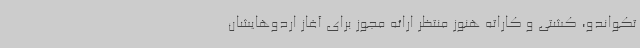
تکواندو، کشتی و کاراته هنوز منتظر ارائه مجوز برای آغاز اردوهایشان